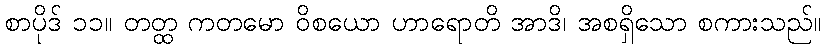
စာပိုဒ် ၁၁။ တတ္ထ ကတမော ဝိစယော ဟာရောတိ အာဒိ၊ အစရှိသော စကားသည်။